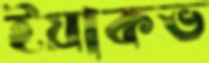
ইয়াকভ